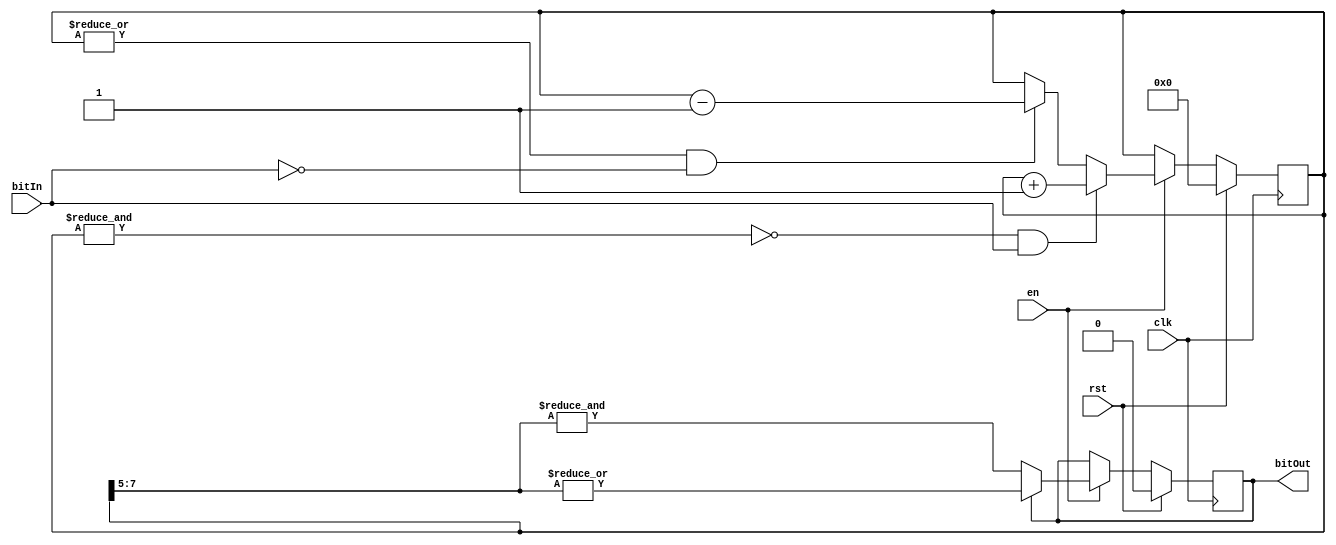
module RCFilter #(
    parameter FILT_WIDTH = 8,
    parameter HYST_BIT = 5
)
(
    input clk,        // System Clock
    input rst,        // Reset, active high synchronous
    input en,         // Sample filter input when high
    input bitIn,      // Filter input
    output reg bitOut // Filter output
);

reg [FILT_WIDTH-1:0] counter;

initial begin
    counter <= 'd0;
    bitOut <= 1'b0;
end

always @(posedge clk) begin
    if (rst) begin
        counter <= 'd0;
        bitOut <= 1'b0;
    end
    else if (en) begin
        // Set when all checked bits are 1, clear when all checked bits are 0.
        bitOut <= bitOut ? (|counter[FILT_WIDTH-1:HYST_BIT]) 
                         : (&counter[FILT_WIDTH-1:HYST_BIT]);

        // Counter Logic
        if (~&counter && bitIn) begin // Counter < maximum, count up if bitIn
            counter <= counter + 2'd1;
        end
        else if (|counter && ~bitIn) begin // Counter > 0, count down if ~bitIn
            counter <= counter - 2'd1;
        end
    end
end

endmodule